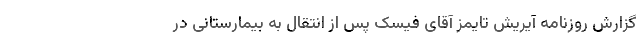
گزارش روزنامه آیریش تایمز آقای فیسک پس از انتقال به بیمارستانی در